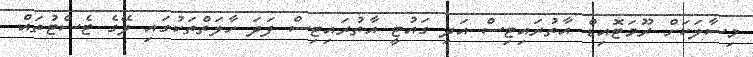
މިސާލަކަށް ރޫމަޓޮއިޑް އާތުރައިޓިސް އަދި ގައުޓީ އާތުރައިޓިސް ފަދަ ހާލަތްތަކުގައި ލޭގެ ޓެސްޓުތައް